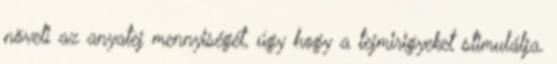
növeli az anyatej mennyiségét, úgy hogy a tejmirigyeket stimulálja.